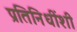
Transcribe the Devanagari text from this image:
प्रतिनिधींशी